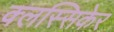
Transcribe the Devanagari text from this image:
क्लस्सिकेर